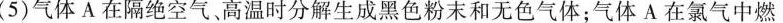
(5)气体A在隔绝空气，高温时分解生成黑色粉末和无色气体；气体A在氯气中燃